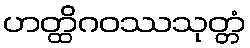
ဟတ္ထိဂဝဿသုတ္တံ